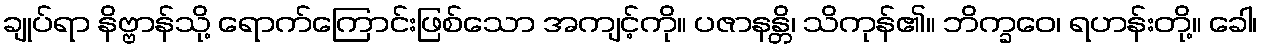
ချုပ်ရာ နိဗ္ဗာန်သို့ ရောက်ကြောင်းဖြစ်သော အကျင့်ကို။ ပဇာနန္တိ၊ သိကုန်၏။ ဘိက္ခဝေ၊ ရဟန်းတို့။ ခေါ၊